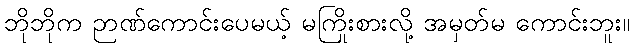
ဘိုဘိုက ဉာဏ်ကောင်းပေမယ့် မကြိုးစားလို့ အမှတ်မ ကောင်းဘူး။